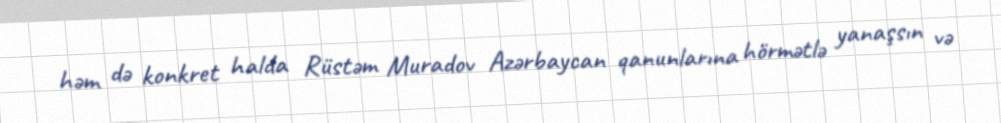
həm də konkret halda Rüstəm Muradov Azərbaycan qanunlarına hörmətlə yanaşsın və